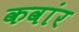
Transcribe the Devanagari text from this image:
कवांर